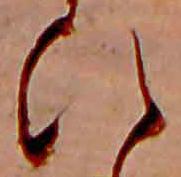
ひ